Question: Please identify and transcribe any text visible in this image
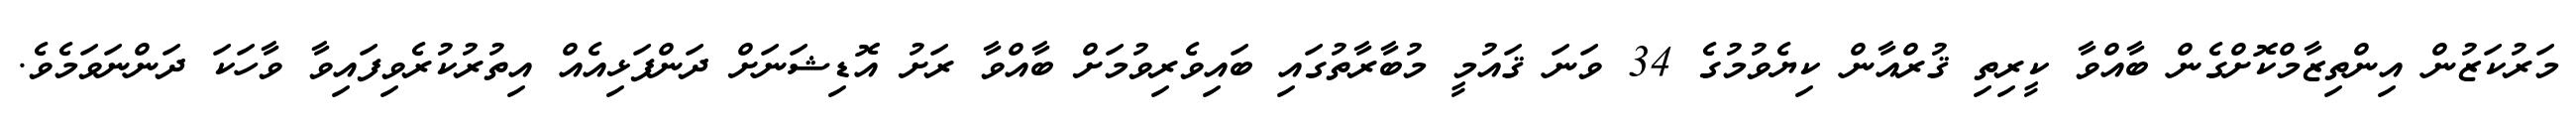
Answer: މަރުކަޒުން އިންތިޒާމްކޮށްގެން ބާއްވާ ކީރިތި ޤުރްއާން ކިޔެވުމުގެ 34 ވަނަ ޤައުމީ މުބާރާތުގައި ބައިވެރިވުމަށް ބާއްވާ ރަށު އޮޑިޝަނަށް ދަންފަޅިއެއް އިތުރުކުރެވިފައިވާ ވާހަކަ ދަންނަވަމެވެ.